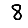
Digit: 8